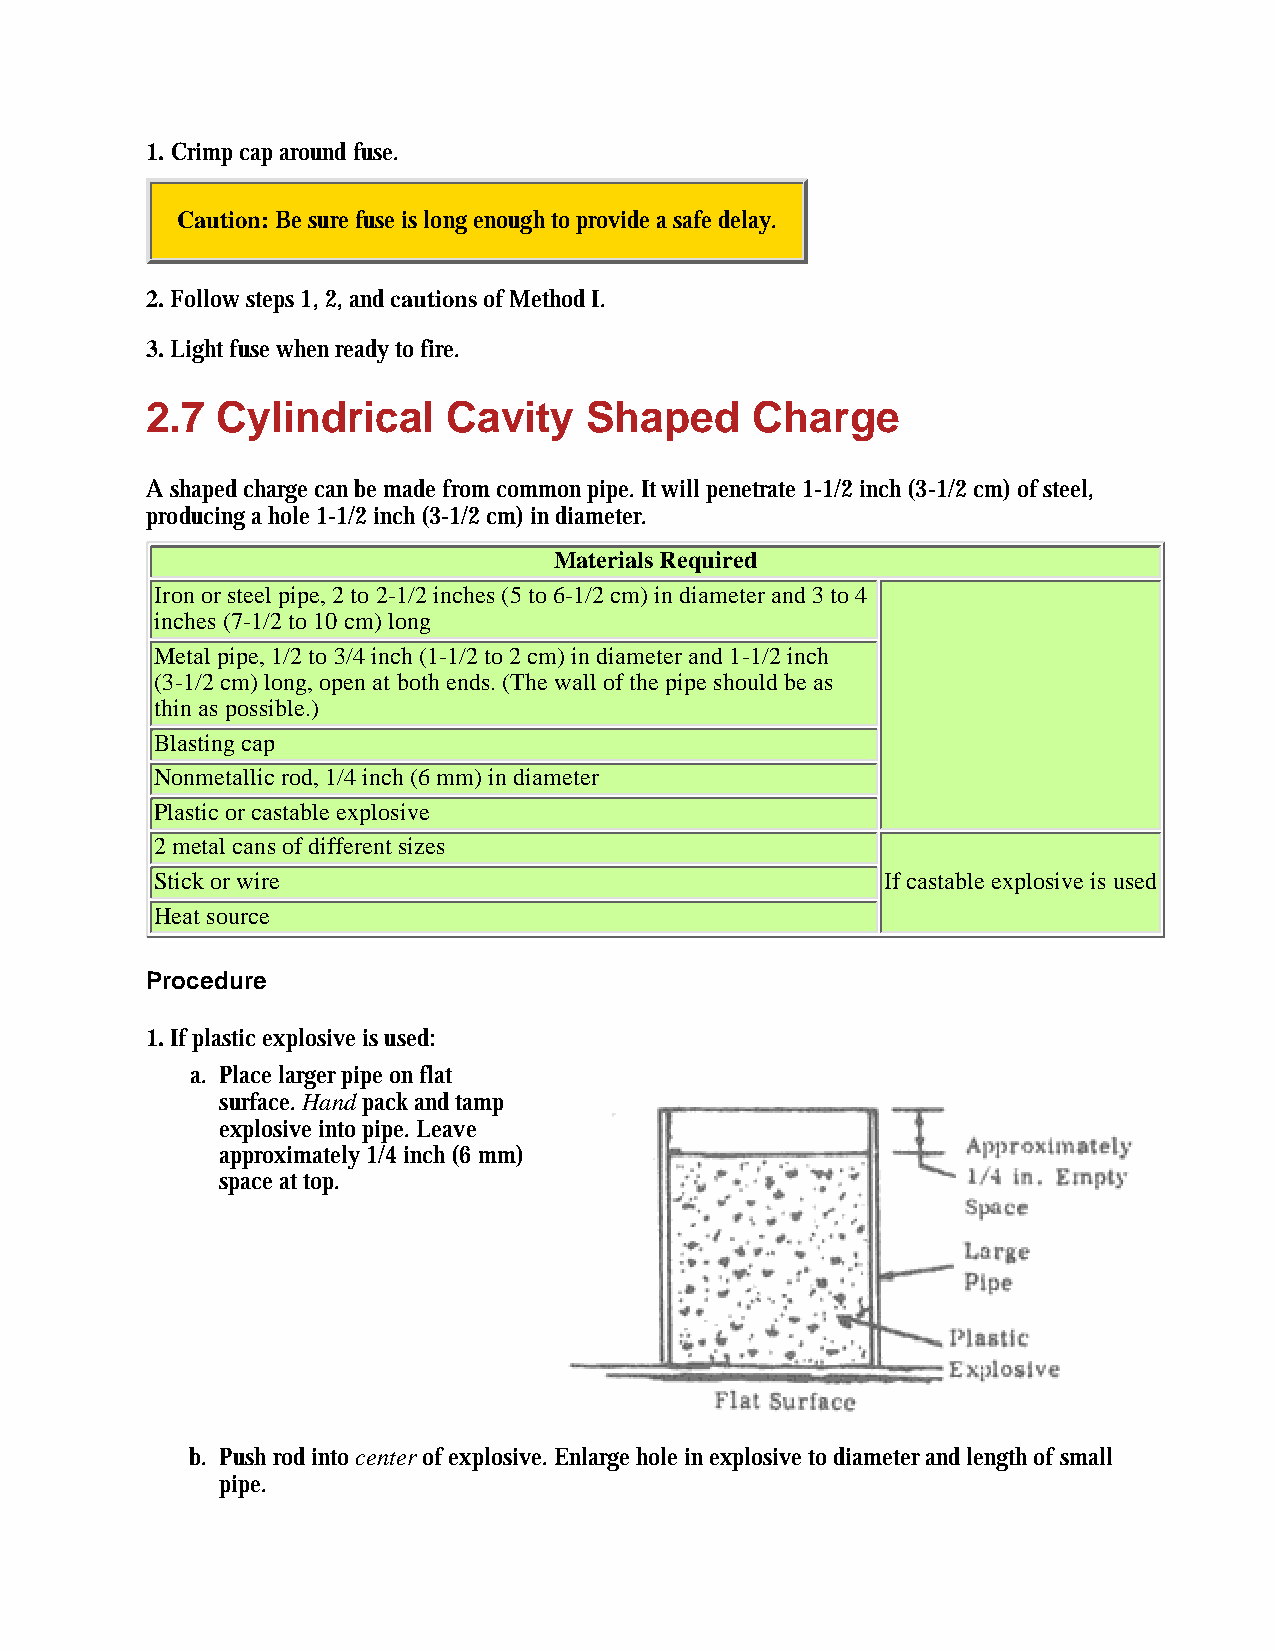
1. Crimp cap around fuse.
 Caution: Be sure fuse is long enough to provide a safe delay.
 2. Follow steps 1, 2, and cautions of Method I.
 3. Light fuse when ready to fire.
 2.7 Cylindrical     Cavity   Shaped     Charge
 A shaped charge can be made from common pipe. It will penetrate 1-1/2 inch (3-1/2 cm) of steel,
 producing a hole 1-1/2 inch (3-1/2 cm) in diameter.
 Materials Required
 Iron or steel pipe, 2 to 2-1/2 inches (5 to 6-1/2 cm) in diameter and 3 to 4
 inches (7-1/2 to 10 cm) long
 Metal pipe, 1/2 to 3/4 inch (1-1/2 to 2 cm) in diameter and 1-1/2 inch
 (3-1/2 cm) long, open at both ends. (The wall of the pipe should be as
 thin as possible.)
 Blasting cap
 Nonmetallic rod, 1/4 inch (6 mm) in diameter
 Plastic or castable explosive
 2 metal cans of different sizes
 Stick or wire                                    If castable explosive is used
 Heat source
 Procedure
 1. If plastic explosive is used:
 a. Place larger pipe on flat
 surface. Hand pack and tamp
 explosive into pipe. Leave
 approximately 1/4 inch (6 mm)
 space at top.
 b. Push rod into center of explosive. Enlarge hole in explosive to diameter and length of small
 pipe.